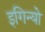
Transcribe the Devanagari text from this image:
इगिन्यो